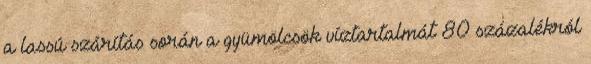
a lassú szárítás során a gyümölcsök víztartalmát 80 százalékról